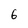
Character: 6